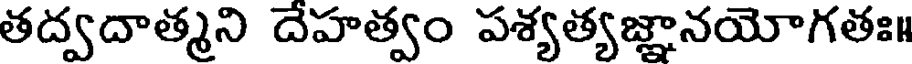
తద్వదాత్మని దేహత్వం పశ్యత్యజ్ఞానయోగతః